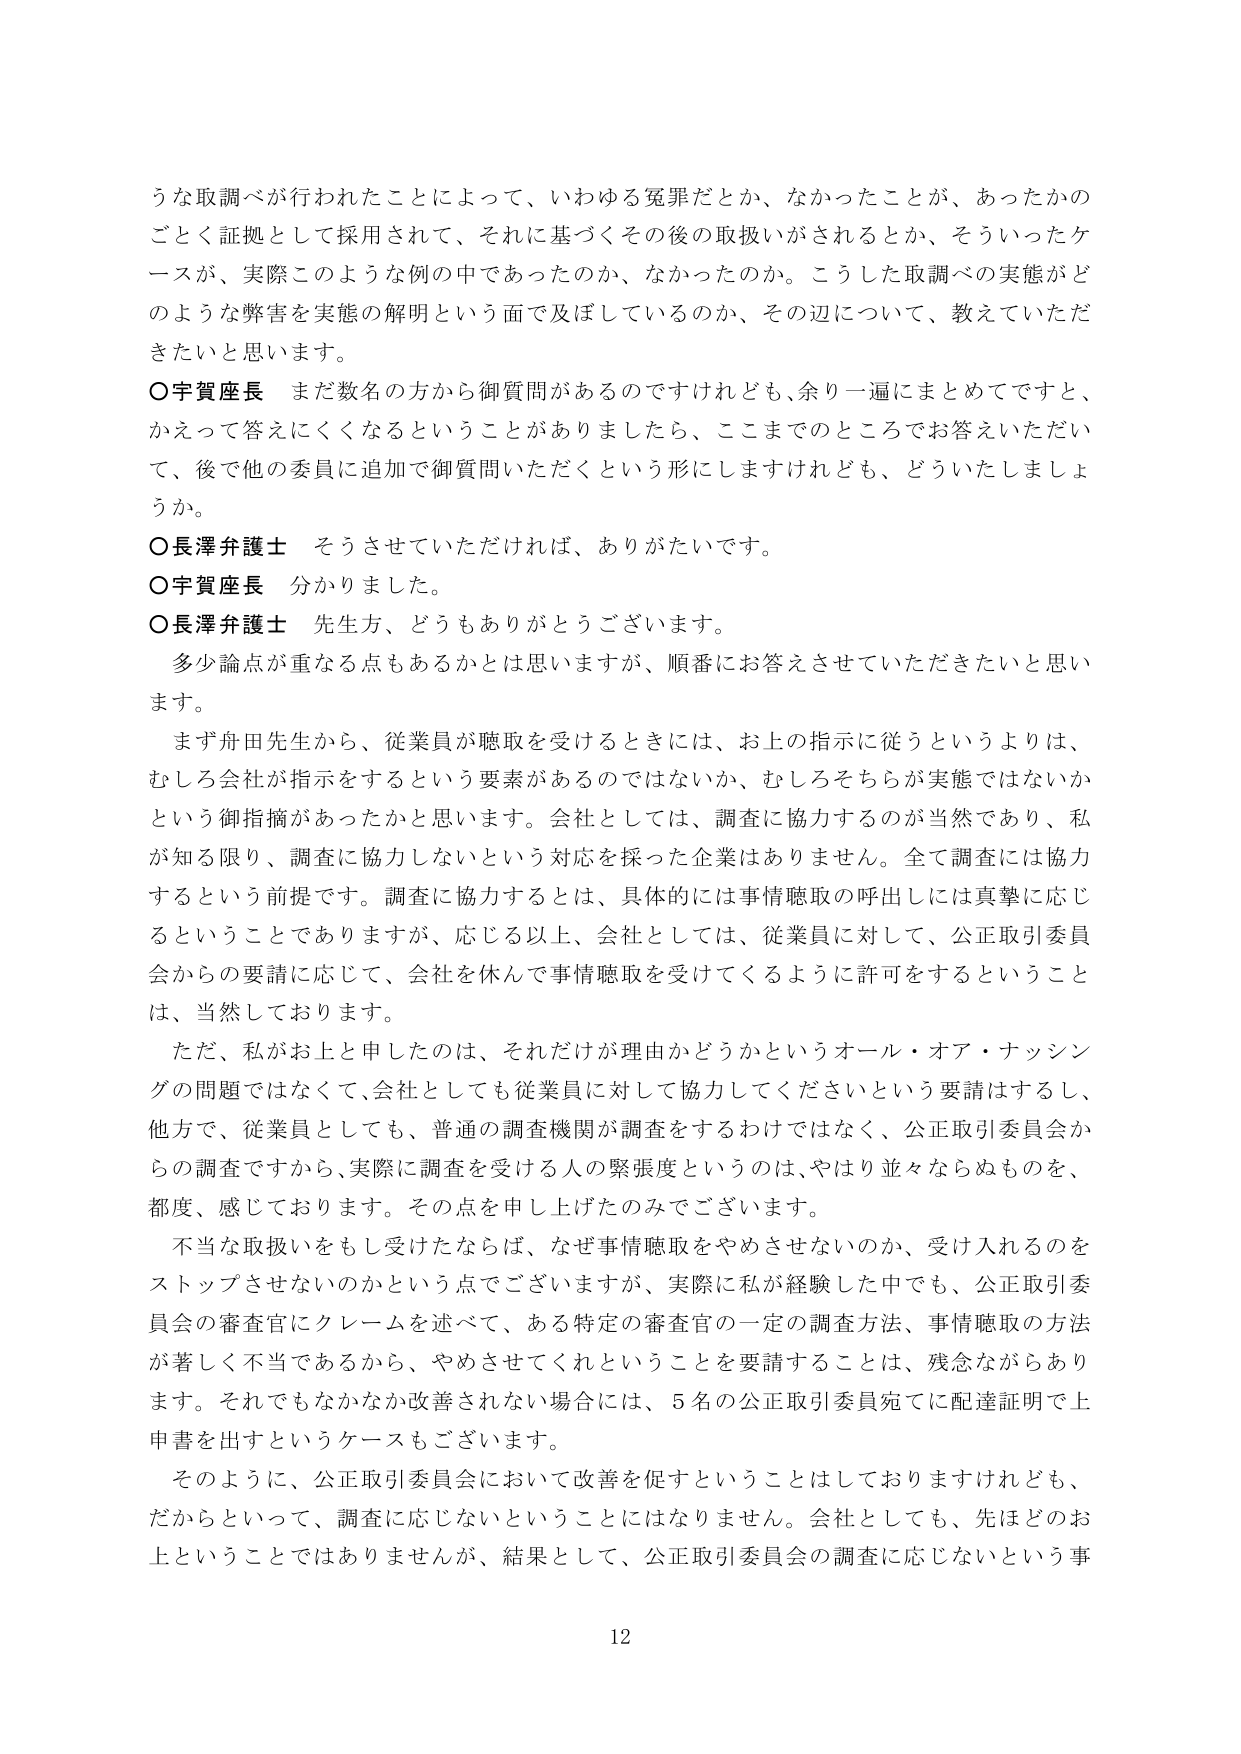
うな取調べが行われたことによって、いわゆる冤罪だとか、なかったことが、あったかの
ごとく証拠として採用されて、それに基づくその後の取扱いがされるとか、そういったケ
ースが、実際このような例の中であったのか、なかったのか。こうした取調べの実態がど
のような弊害を実態の解明という面で及ぼしているのか、その辺について、教えていただ
きたいと思います。
○宇賀座長　まだ数名の方から御質問があるのですけれども、余り一遍にまとめてですと、
かえって答えにくくなるということがありましたら、ここまでのところでお答えいただい
て、後で他の委員に追加で御質問いただくという形にしますけれども、どういたしましょ
うか。
○長澤弁護士　そうさせていただければ、ありがたいです。
○宇賀座長　分かりました。
○長澤弁護士　先生方、どうもありがとうございます。
　多少論点が重なる点もあるかとは思いますが、順番にお答えさせていただきたいと思い
ます。
　まず舟田先生から、従業員が聴取を受けるときには、お上の指示に従うというよりは、
むしろ会社が指示をするという要素があるのではないか、むしろそちらが実態ではないか
という御指摘があったかと思います。会社としては、調査に協力するのが当然であり、私
が知る限り、調査に協力しないという対応を採った企業はありません。全て調査には協力
するという前提です。調査に協力するとは、具体的には事情聴取の呼出しには真摯に応じ
るということでありますが、応じる以上、会社としては、従業員に対して、公正取引委員
会からの要請に応じて、会社を休んで事情聴取を受けてくるように許可をするということ
は、当然しております。
　ただ、私がお上と申したのは、それだけが理由かどうかというオール・オア・ナッシン
グの問題ではなくて、会社としても従業員に対して協力してくださいという要請はするし、
他方で、従業員としても、普通の調査機関が調査をするわけではなく、公正取引委員会か
らの調査ですから、実際に調査を受ける人の緊張度というのは、やはり並々ならぬものを、
都度、感じております。その点を申し上げたのみでございます。
　不当な取扱いをもし受けたならば、なぜ事情聴取をやめさせないのか、受け入れるのを
ストップさせないのかという点でございますが、実際に私が経験した中でも、公正取引委
員会の審査官にクレームを述べて、ある特定の審査官の一定の調査方法、事情聴取の方法
が著しく不当であるから、やめさせてくれということを要請することは、残念ながらあり
ます。それでもなかなか改善されない場合には、5名の公正取引委員宛てに配達証明で上
申書を出すというケースもございます。
　そのように、公正取引委員会において改善を促すということはしておりますけれども、
だからといって、調査に応じないということにはなりません。会社としても、先ほどのお
上ということではありませんが、結果として、公正取引委員会の調査に応じないという事
12